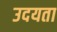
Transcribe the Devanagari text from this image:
उदयता